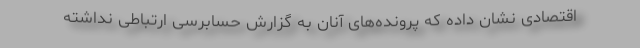
اقتصادی نشان داده که پرونده‌های آنان به گزارش حسابرسی ارتباطی نداشته